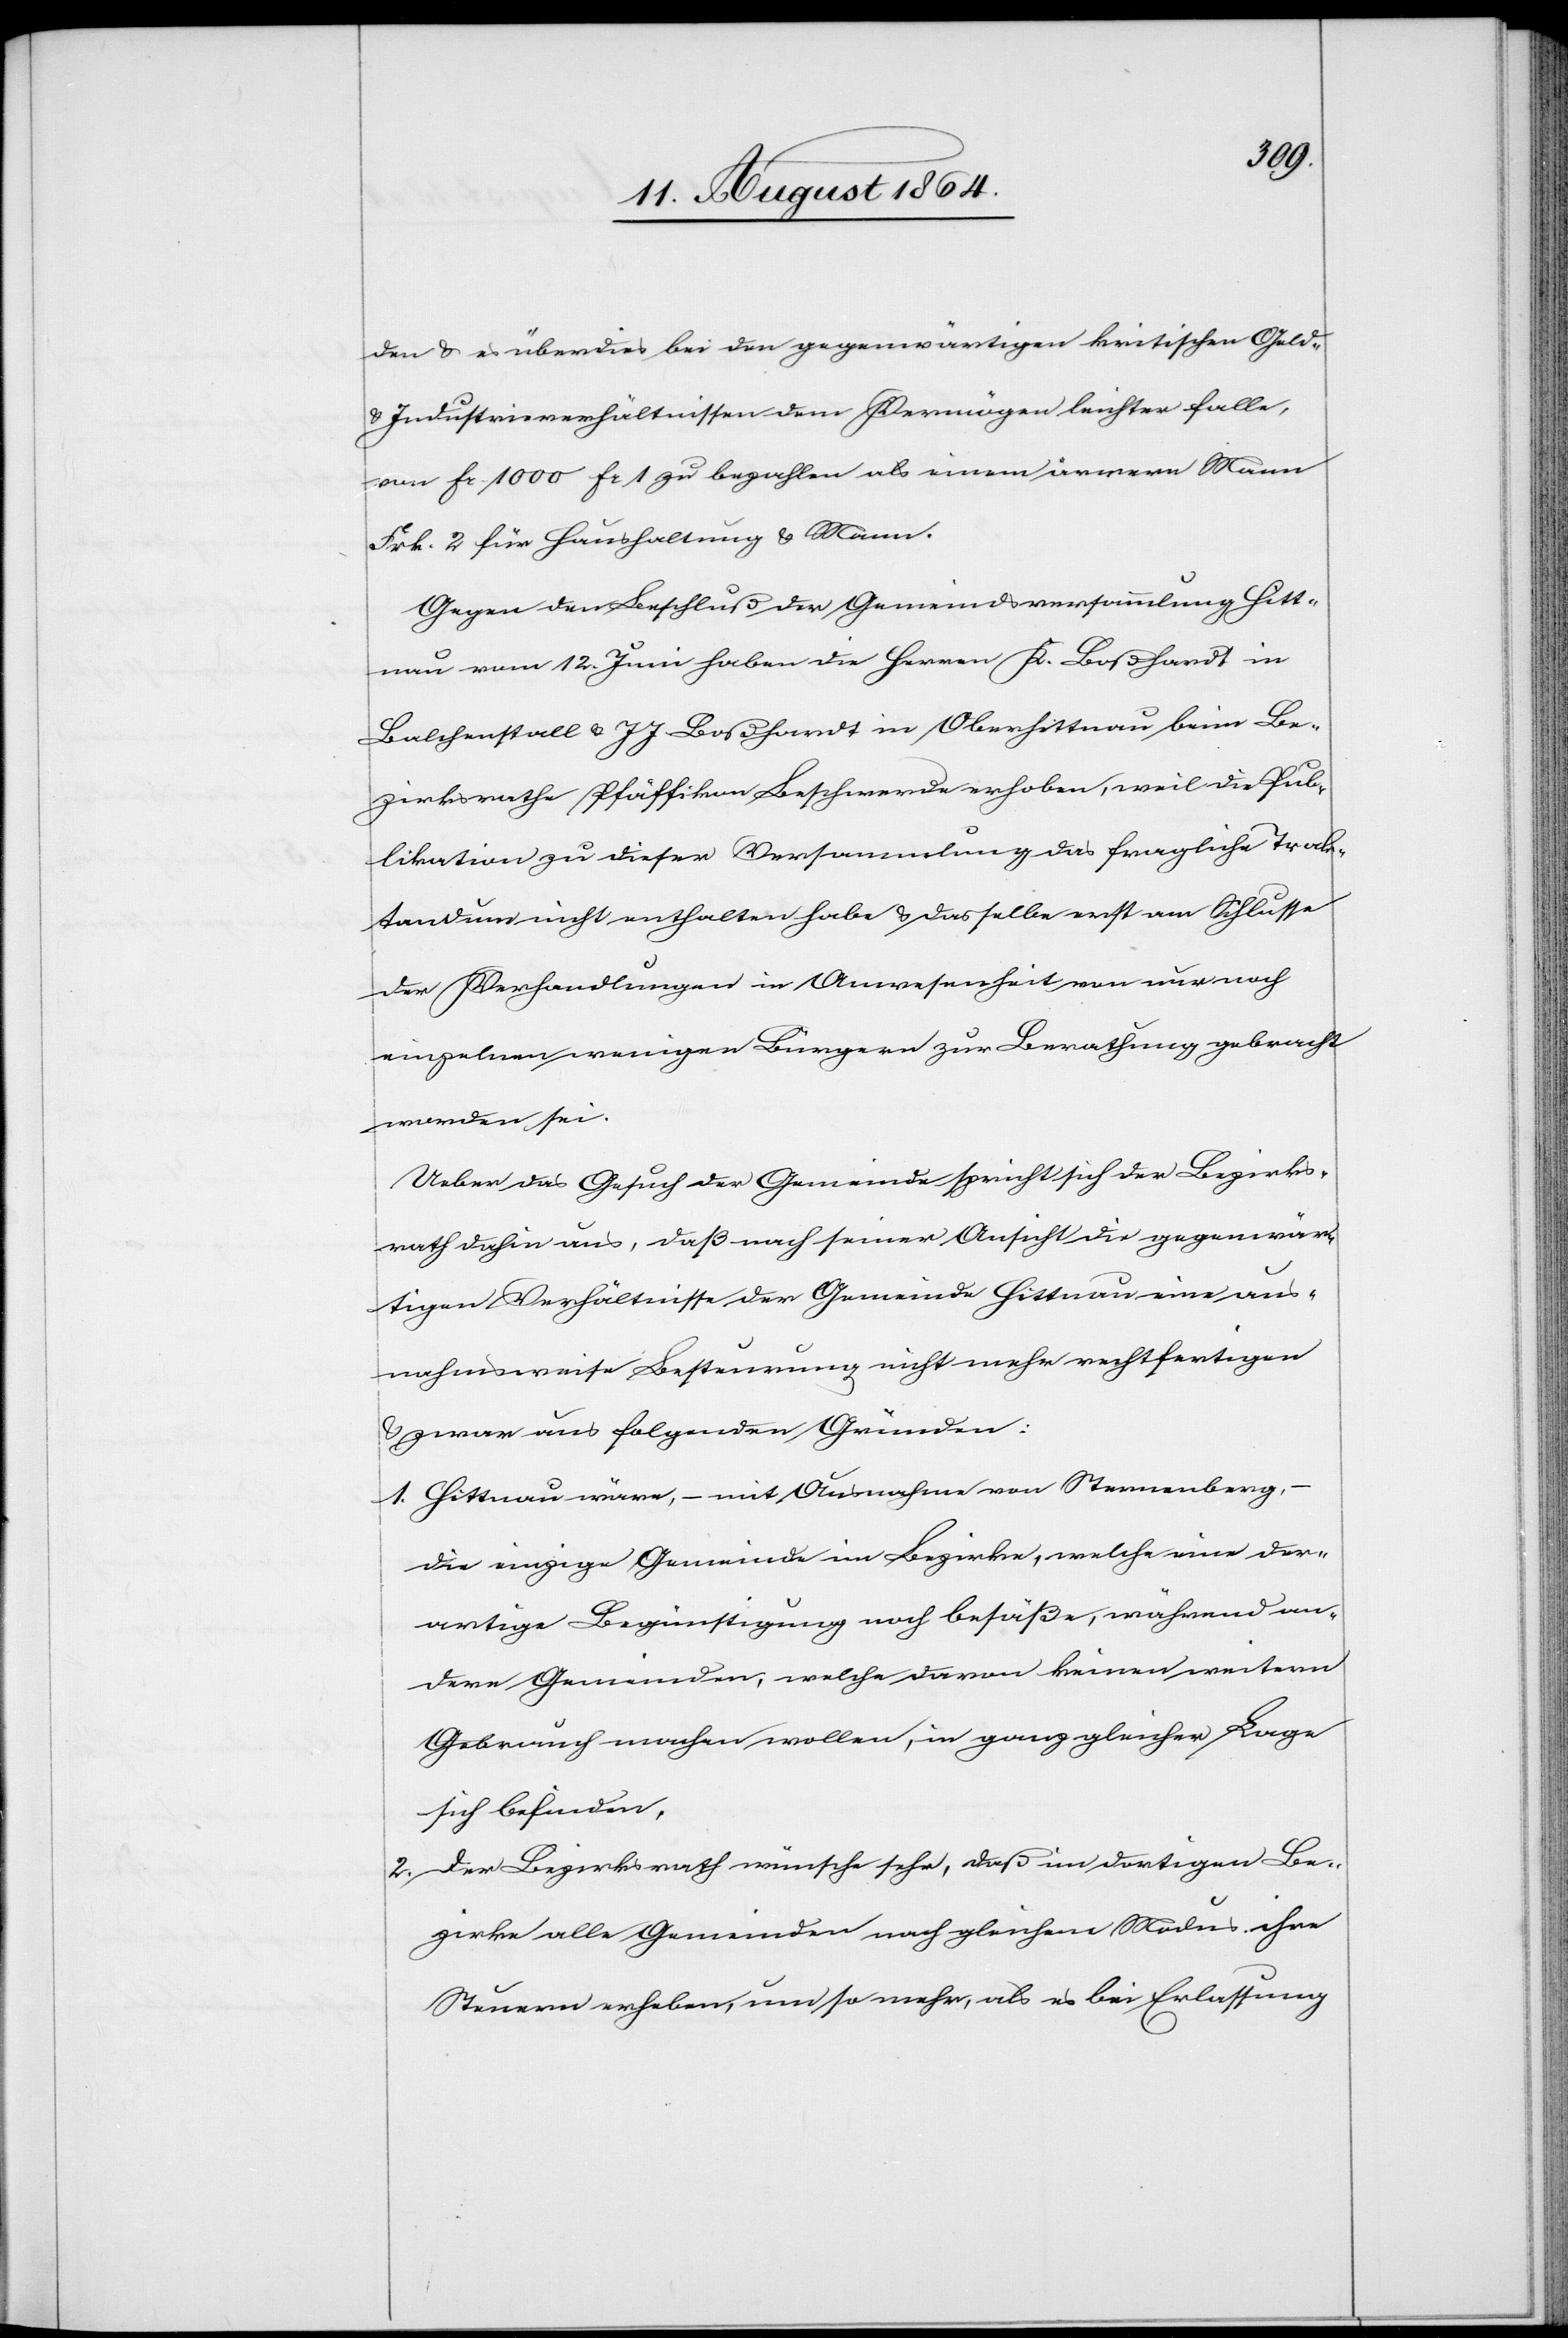
den & überdies bei den gegenwärtigen kritischen Geld-
& Industrieverhältnissen dem Vermögen leichter falle,
von Fr. 1000 Frk. 1 zu bezahlen als einem ärmern Mann
Frk. 2 für Haushaltung & Mann.
Gegen den Beschluß der Gemeindsversammlung Hitt¬
nau vom 12. Juni haben die Herren K. Boßhardt in
Balchenstall & J. J. Boßhardt in Oberhittnau beim Be¬
zirksrathe Pfäffikon Beschwerde erhoben, weil die Pub¬
likation zu dieser Versammlung das fragliche Trak¬
tandum nicht enthalten habe & dasselbe erst am Schlusse
der Verhandlungen in Anwesenheit von nur noch
einzelnen wenigen Bürgern zur Berathung gebracht
worden sei.
Ueber das Gesuch der Gemeinde spricht sich der Bezirks¬
rath dahin aus, daß nach seiner Ansicht die gegenwär¬
tigen Verhältnisse der Gemeinde Hittnau eine aus¬
nahmsweise Besteurung nicht mehr rechtfertigen
& zwar aus folgenden Gründen:
1.	Hittnau wäre, – mit Ausnahme von Sternenberg,
die einzige Gemeinde im Bezirke, welche eine der¬
artige Begünstigung noch besäße, während an¬
dere Gemeinden, welche davon keinen weitern
Gebrauch machen wollen, in ganz gleicher Lage
sich befinden.
2. 	Der Bezirksrath wünsche sehr, daß im dortigen Be¬
zirke alle Gemeinden nach gleichem Modus ihre
Steuern erheben, um so mehr, als es bei Erlassung